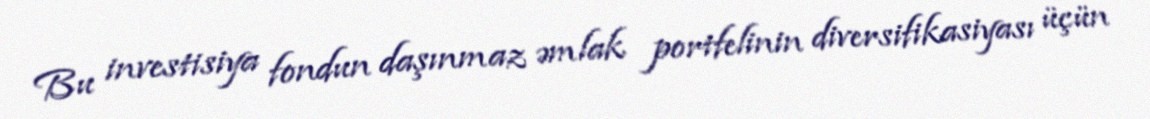
Bu investisiya fondun daşınmaz əmlak portfelinin diversifikasiyası üçün